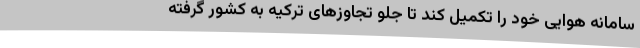
سامانه هوایی خود را تکمیل کند تا جلو تجاوزهای ترکیه به کشور گرفته